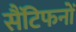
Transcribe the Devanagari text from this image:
सैंटिफनों